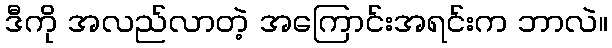
ဒီကို အလည်လာတဲ့ အကြောင်းအရင်းက ဘာလဲ။